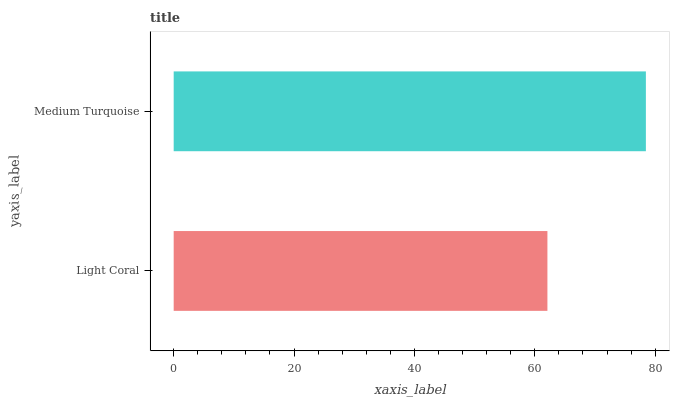
| yaxis_label | bars |
 | --- | --- |
 | Light Coral | 62.1 |
 | Medium Turquoise | 78.4 |